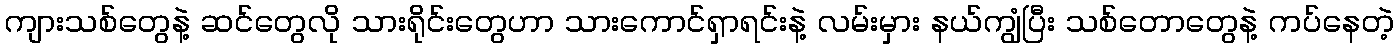
ကျားသစ်တွေနဲ့ ဆင်တွေလို သားရိုင်းတွေဟာ သားကောင်ရှာရင်းနဲ့ လမ်းမှား နယ်ကျွံပြီး သစ်တောတွေနဲ့ ကပ်နေတဲ့